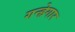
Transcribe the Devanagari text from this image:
गन्हेगार